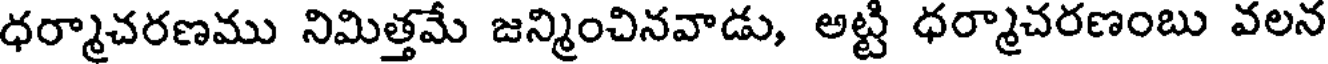
ధర్మాచరణము నిమిత్తమే జన్మించినవాడు, అట్టి ధర్మాచరణంబు వలన